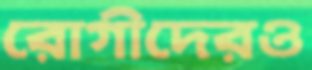
রোগীদেরও